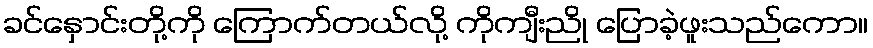
ခင်နှောင်းတို့ကို ကြောက်တယ်လို့ ကိုကျီးညို ပြောခဲ့ဖူးသည်ကော။